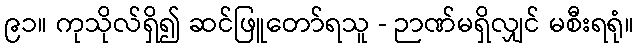
၉၁။ ကုသိုလ်ရှိ၍ ဆင်ဖြူတော်ရသူ - ဉာဏ်မရှိလျှင် မစီးရရုံ။